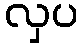
လှပ